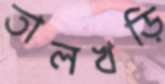
তালখড়ি